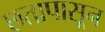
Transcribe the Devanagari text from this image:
छतापासून